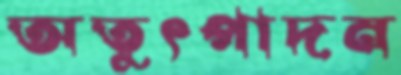
অতুৎপাদন